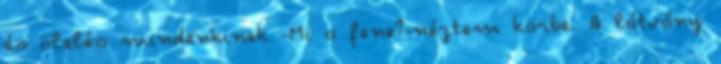
és ölelés mindenkinek -Mi a fene?-néztem körbe. A látvány